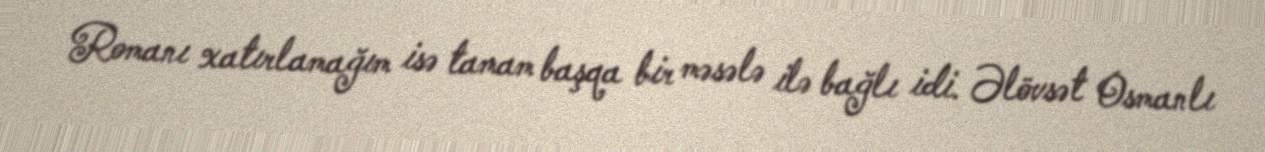
Romanı xatırlamağım isə tamam başqa bir məsələ ilə bağlı idi. Əlövsət Osmanlı